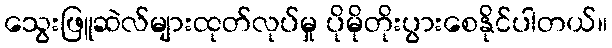
သွေးဖြူဆဲလ်များထုတ်လုပ်မှု ပိုမိုတိုးပွားစေနိုင်ပါတယ်။